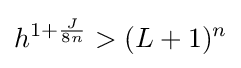
h^{1+{\frac {J}{8n}}}>(L+1)^{n}